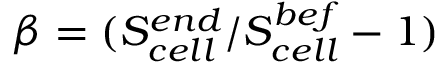
\beta = ( S _ { c e l l } ^ { e n d } / S _ { c e l l } ^ { b e f } - 1 )